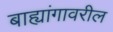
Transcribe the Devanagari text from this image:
बाह्यांगावरील